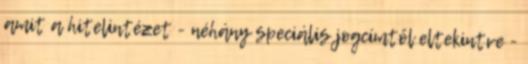
amit a hitelintézet - néhány speciális jogcímtől eltekintve -